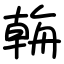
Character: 𦩻